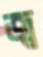
জ্ব